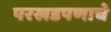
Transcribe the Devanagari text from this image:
परखडपणाचे